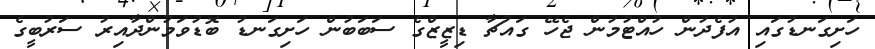
ހަށިގަނޑުގައި އުފެދުން ހުއްޓުމުން ޖެހޭ ގައުޗާ ޑިޒީޒްގެ ސަބަބުން ހަށިގަނޑު ބޮޑުވަމުންދާއިރު ސަރުބީގެ